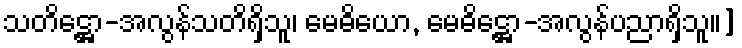
သတိဋ္ဌော-အလွန်သတိရှိသူ၊ မေဓိယော, မေဓိဋ္ဌော-အလွန်ပညာရှိသူ။]